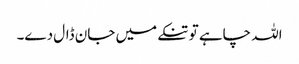
اللہ چاہے تو تنکے میں جان ڈال دے۔